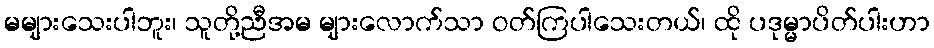
မများသေးပါဘူး၊ သူတို့ညီအမ များလောက်သာ ဝတ်ကြပါသေးတယ်၊ ထို ပဒုမ္မာပိတ်ပါးဟာ